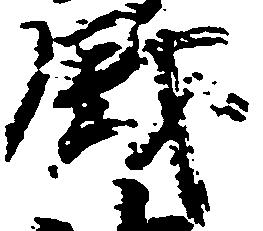
銭